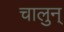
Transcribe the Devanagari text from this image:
चालुन्